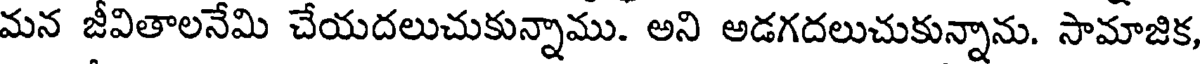
మన జీవితాలనేమి చేయదలుచుకున్నాము. అని అడగదలుచుకున్నాను. సామాజిక